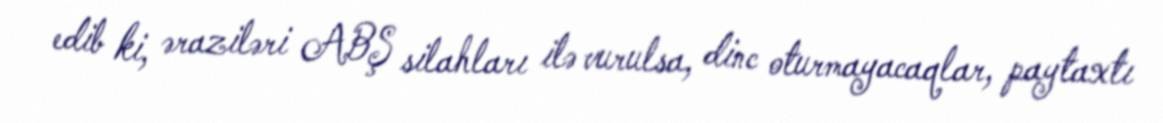
edib ki, əraziləri ABŞ silahları ilə vurulsa, dinc oturmayacaqlar, paytaxtı